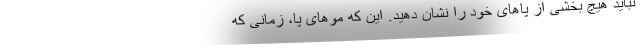
نباید هیچ بخشی از پاهای خود را نشان دهید. این که موهای پا، زمانی که